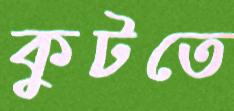
কুটতে